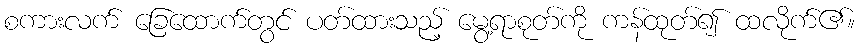
စကားလက် ခြေထောက်တွင် ပတ်ထားသည့် မွေ့ရာစုတ်ကို ကန်ထုတ်၍ ထလိုက်၏။